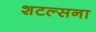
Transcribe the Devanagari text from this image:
शटल्सना